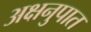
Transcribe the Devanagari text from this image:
अक्षनुपात